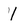
Character: 1